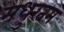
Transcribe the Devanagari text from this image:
मधुरतम